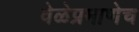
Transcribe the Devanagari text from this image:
वेळेप्रमाणेच